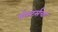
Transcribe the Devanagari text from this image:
पोस्टर्सचा